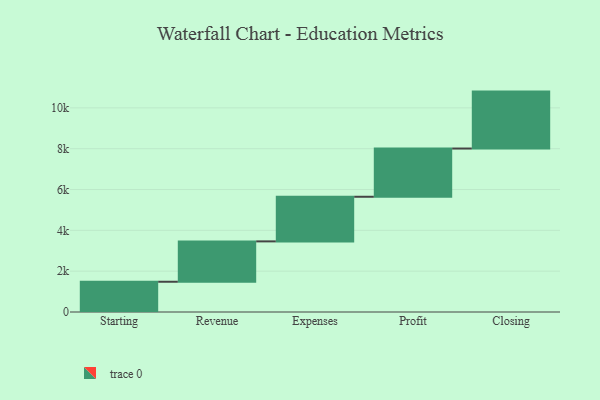
{"axis": {"x": "Step", "y": "Value"}, "legend": [""], "data": [{"x": "Starting", "y": 1482.0, "type": ""}, {"x": "Revenue", "y": 1978.0, "type": ""}, {"x": "Expenses", "y": 2186.0, "type": ""}, {"x": "Profit", "y": 2363.0, "type": ""}, {"x": "Closing", "y": 2789.0, "type": ""}]}